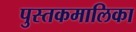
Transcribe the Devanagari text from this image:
पुस्तकमालिका